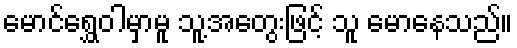
မောင်ရွှေဝါမှာမူ သူ့အတွေးဖြင့် သူ မောနေသည်။